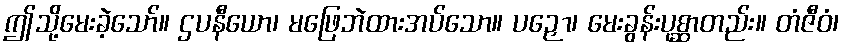
ဤသို့မေးခဲ့သော်။ ဌပနီယော၊ မဖြေဘဲထားအပ်သော။ ပဉှော၊ မေးခွန်းပုစ္ဆာတည်း။ တံဇီဝံ၊